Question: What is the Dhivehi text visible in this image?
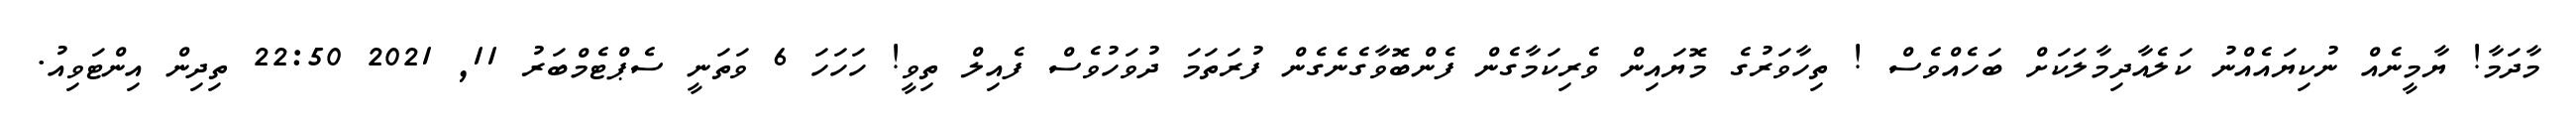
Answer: މާދަމާ! ޔާމީނެއް ނުކިޔައެއްނު ކަލެއާދިމާލަކަށް ބަހެއްވެސް ! ތިހާވަރުގެ މޮޔައިން ވެރިކަމާގެން ފެންބޮވާގެނެގެން ފުރަތަމަ ދުވަހުވެސް ފެއިލް ތިވީ! ހަހަހަ 6 ވަތަނީ ސެޕްޓެމްބަރު 11, 2021 22:50 ތިދިން އިންޓަވިއު.